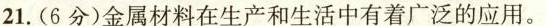
21.(6分)金属材料在生产和生活中有着广泛的应用。